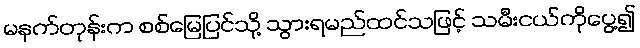
မနက်တုန်းက စစ်မြေပြင်သို့ သွားရမည်ထင်သဖြင့် သမီးငယ်ကိုပွေ့၍